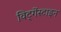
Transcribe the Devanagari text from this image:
विट्गेंस्टाइन